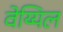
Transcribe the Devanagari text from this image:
वेय्यिल